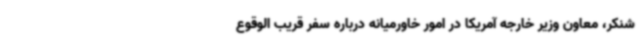
شنکر، معاون وزیر خارجه آمریکا در امور خاورمیانه درباره سفر قریب الوقوع